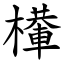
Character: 檋